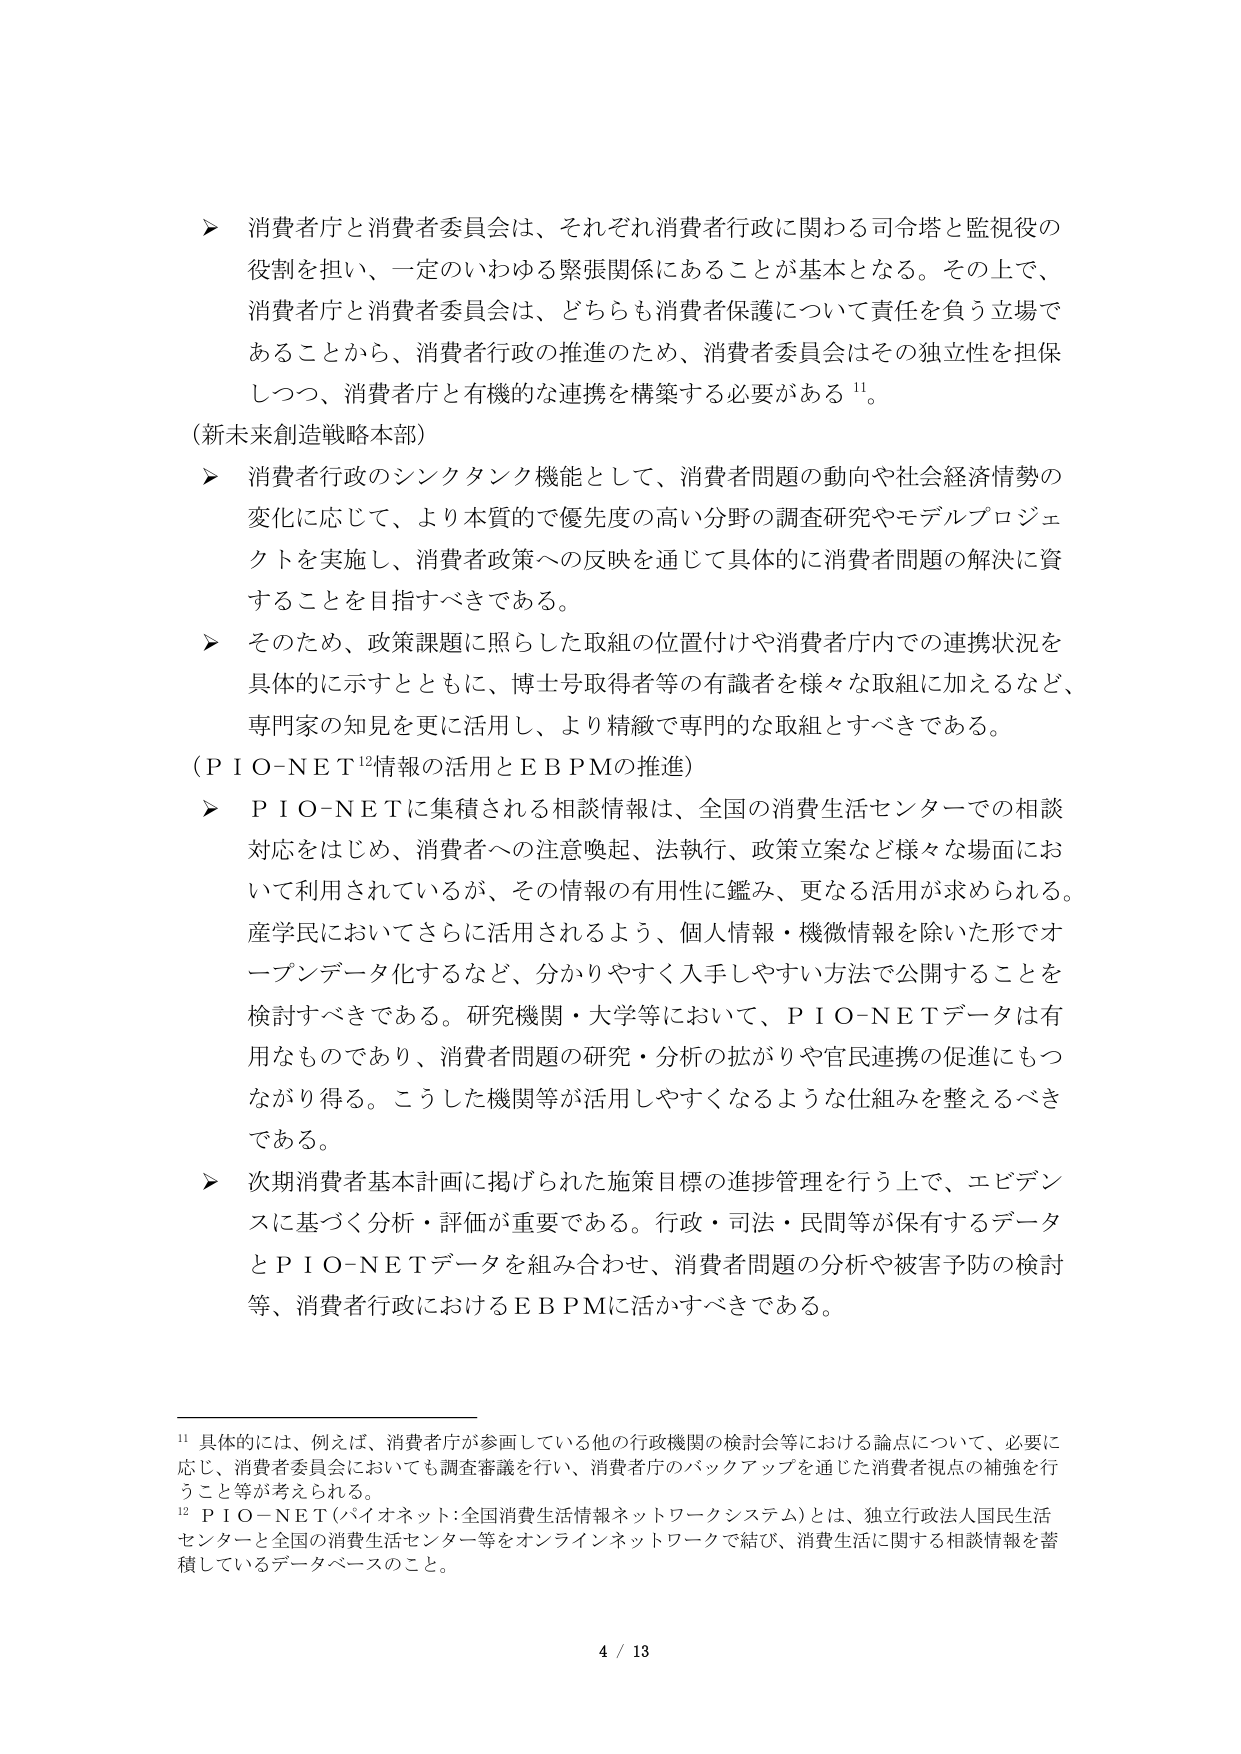
➤ 消費者庁と消費者委員会は、それぞれ消費者行政に関わる司令塔と監視役の役割を担い、一定のいわゆる緊張関係にあることが基本となる。その上で、消費者庁と消費者委員会は、どちらも消費者保護について責任を負う立場であることから、消費者行政の推進のため、消費者委員会はその独立性を担保しつつ、消費者庁と有機的な連携を構築する必要がある¹¹。

（新未来創造戦略本部）

➤ 消費者行政のシンクタンク機能として、消費者問題の動向や社会経済情勢の変化に応じて、より本質的で優先度の高い分野の調査研究やモデルプロジェクトを実施し、消費者政策への反映を通じて具体的に消費者問題の解決に資することを目指すべきである。

➤ そのため、政策課題に照らした取組の位置付けや消費者庁内での連携状況を具体的に示すとともに、博士号取得者等の有識者を様々な取組に加えるなど、専門家の知見を更に活用し、より精緻で専門的な取組とすべきである。

（ＰＩＯ－ＮＥＴ¹²情報の活用とＥＢＰＭの推進）

➤ ＰＩＯ－ＮＥＴに集積される相談情報は、全国の消費生活センターでの相談対応をはじめ、消費者への注意喚起、法執行、政策立案など様々な場面において利用されているが、その情報の有用性に鑑み、更なる活用が求められる。産学民においてさらに活用されるよう、個人情報・機微情報を除いた形でオープンデータ化するなど、分かりやすく入手しやすい方法で公開することを検討すべきである。研究機関・大学等において、ＰＩＯ－ＮＥＴデータは有用なものであり、消費者問題の研究・分析の拡がりや官民連携の促進にもつながり得る。こうした機関等が活用しやすくなるような仕組みを整えるべきである。

➤ 次期消費者基本計画に掲げられた施策目標の進捗管理を行う上で、エビデンスに基づく分析・評価が重要である。行政・司法・民間等が保有するデータとＰＩＯ－ＮＥＴデータを組み合わせ、消費者問題の分析や被害予防の検討等、消費者行政におけるＥＢＰＭに活かすべきである。

¹¹ 具体的には、例えば、消費者庁が参画している他の行政機関の検討会等における論点について、必要に応じ、消費者委員会においても調査審議を行い、消費者庁のバックアップを通じた消費者視点の補強を行うこと等が考えられる。

¹² ＰＩＯ－ＮＥＴ（パイオネット：全国消費生活情報ネットワークシステム）とは、独立行政法人国民生活センターと全国の消費生活センター等をオンラインネットワークで結び、消費生活に関する相談情報を蓄積しているデータベースのこと。

4 / 13